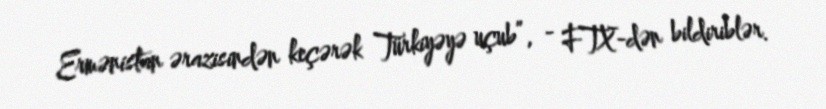
Ermənistan ərazisindən keçərək Türkiyəyə uçub”, - FTX-dən bildiriblər.